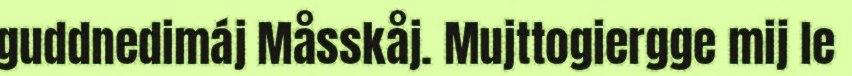
guddnedimáj Måsskåj. Mujttogiergge mij le